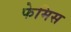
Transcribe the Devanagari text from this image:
फेमिस